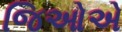
જિઓએ